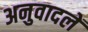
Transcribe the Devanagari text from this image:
अनुवादलें